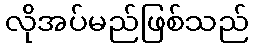
လိုအပ်မည်ဖြစ်သည်